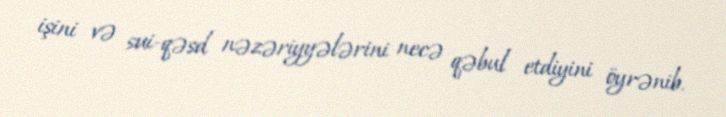
işini və sui-qəsd nəzəriyyələrini necə qəbul etdiyini öyrənib.